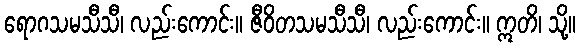
ရောဂသမသီသီ၊ လည်းကောင်း။ ဇီဝိတသမသီသီ၊ လည်းကောင်း။ ဣတိ၊ သို့။